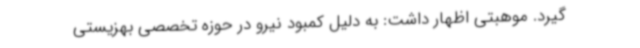
گیرد. موهبتی اظهار داشت: به دلیل کمبود نیرو در حوزه تخصصی بهزیستی